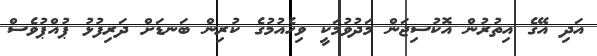
އަދި އޭގެ އިތުރުން އޮކުސިޖަން މަދުވުމަކީ ވިހެއުމުގެ ކުރިން ބަނޑަށް ދަރިފުޅު ޕުއްޕުވެސް